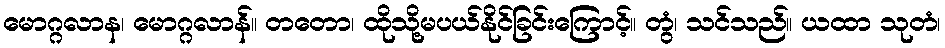
မောဂ္ဂလာန၊ မောဂ္ဂလာန်။ တတော၊ ထိုသို့မပယ်နိုင်ခြင်းကြောင့်။ တွံ၊ သင်သည်။ ယထာ သုတံ၊